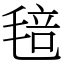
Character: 毰